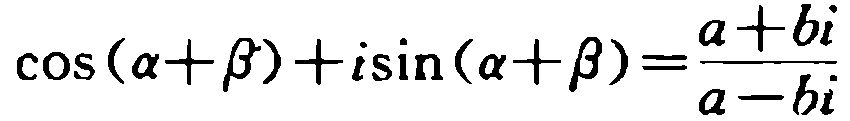
\(\cos(\alpha+\beta)+i\sin(\alpha+\beta)=\frac{a + bi}{a - bi}\)